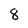
Character: 8